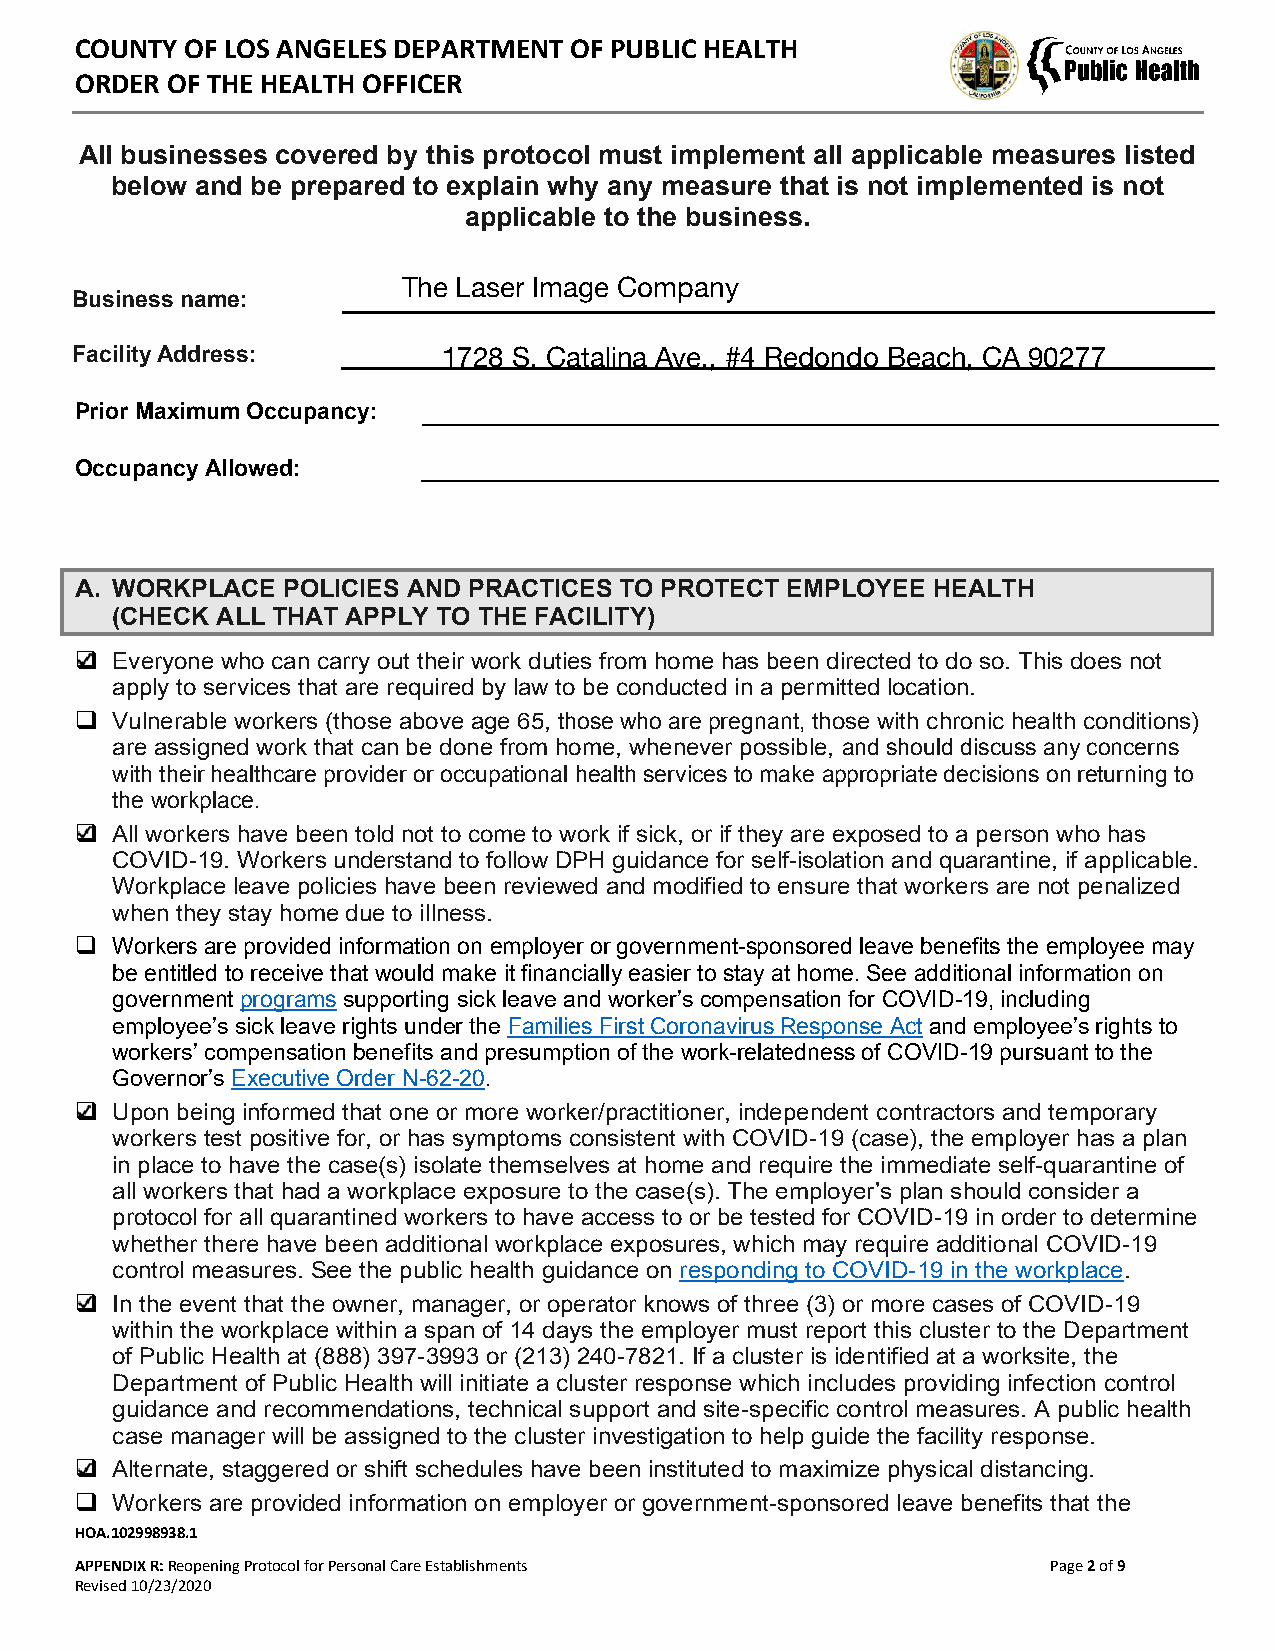
COUNTY OF LOS ANGELES DEPARTMENT OF PUBLIC HEALTH
 ORDER OF THE HEALTH OFFICER
 All businesses covered by this protocol must implement all applicable measures listed
 below and be prepared to explain why any measure that is not implemented is not
 applicable to the business.
 Business name:
 Facility Address:
 Prior Maximum Occupancy:
 Occupancy Allowed:
 A. WORKPLACE  POLICIES AND PRACTICES TO PROTECT EMPLOYEE HEALTH
 (CHECK ALL THAT APPLY TO THE FACILITY)
 ❑ Everyone who can carry out their work duties from home has been directed to do so. This does not
 apply to services that are required by law to be conducted in a permitted location.
 ❑ Vulnerable workers (those above age 65, those who are pregnant, those with chronic health conditions)
 are assigned work that can be done from home, whenever possible, and should discuss any concerns
 with their healthcare provider or occupational health services to make appropriate decisions on returning to
 the workplace.
 ❑ All workers have been told not to come to work if sick, or if they are exposed to a person who has
 COVID-19. Workers understand to follow DPH guidance for self-isolation and quarantine, if applicable.
 Workplace leave policies have been reviewed and modified to ensure that workers are not penalized
 when they stay home due to illness.
 ❑ Workers are provided information on employer or government-sponsored leave benefits the employee may
 be entitled to receive that would make it financially easier to stay at home. See additional information on
 government programs supporting sick leave and worker’s compensation for COVID-19, including
 employee’s sick leave rights under the Families First Coronavirus Response Act and employee’s rights to
 workers’ compensation benefits and presumption of the work-relatedness of COVID-19 pursuant to the
 Governor’s Executive Order N-62-20.
 ❑ Upon being informed that one or more worker/practitioner, independent contractors and temporary
 workers test positive for, or has symptoms consistent with COVID-19 (case), the employer has a plan
 in place to have the case(s) isolate themselves at home and require the immediate self-quarantine of
 all workers that had a workplace exposure to the case(s). The employer’s plan should consider a
 protocol for all quarantined workers to have access to or be tested for COVID-19 in order to determine
 whether there have been additional workplace exposures, which may require additional COVID-19
 control measures. See the public health guidance on responding to COVID-19 in the workplace.
 ❑ In the event that the owner, manager, or operator knows of three (3) or more cases of COVID-19
 within the workplace within a span of 14 days the employer must report this cluster to the Department
 of Public Health at (888) 397-3993 or (213) 240-7821. If a cluster is identified at a worksite, the
 Department of Public Health will initiate a cluster response which includes providing infection control
 guidance and recommendations, technical support and site-specific control measures. A public health
 case manager will be assigned to the cluster investigation to help guide the facility response.
 ❑ Alternate, staggered or shift schedules have been instituted to maximize physical distancing.
 ❑ Workers are provided information on employer or government-sponsored leave benefits that the
 HOA.102998938.1
 APPENDIX R: Reopening Protocol for Personal Care Establishments  Page 2 of 9
 Revised 10/23/2020